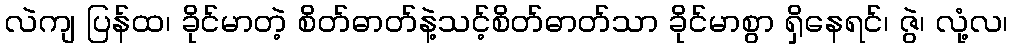
လဲကျ ပြန်ထ၊ ခိုင်မာတဲ့ စိတ်ဓာတ်နဲ့သင့်စိတ်ဓာတ်သာ ခိုင်မာစွာ ရှိနေရင်၊ ဇွဲ၊ လုံ့လ၊